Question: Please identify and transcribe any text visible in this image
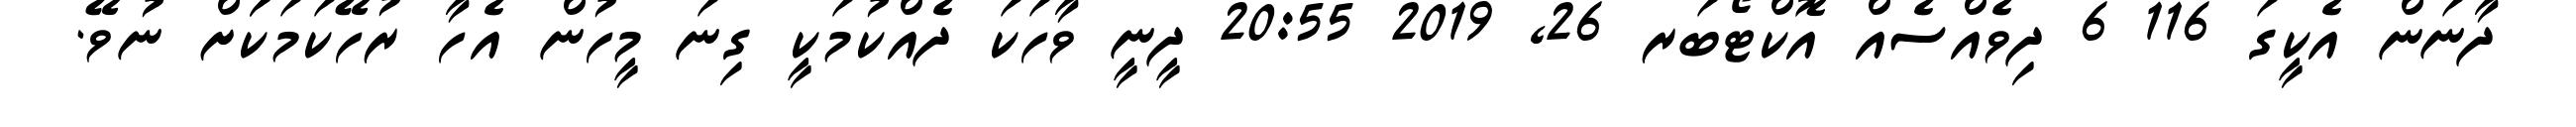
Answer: ދާނަން އެކީގަ 116 6 ދިވެއްސެއް އޮކްޓޯބަރ 26, 2019 20:55 ދީނީ ވާހަކަ ދެއްކުމަކީ ގިނަ މީހުން އެހާ ރުހޭކަމަކަަށް ނުވޭ.